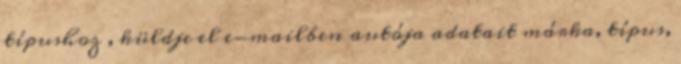
típushoz , küldje el e-mailben autója adatait márka, típus,